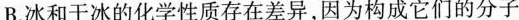
B.冰和干冰的化学性质存在差异，因为构成它们的分子